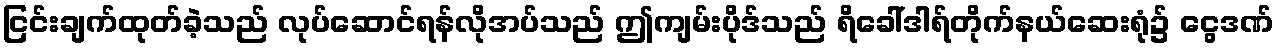
ငြင်းချက်ထုတ်ခဲ့သည် လုပ်ဆောင်ရန်လိုအပ်သည် ဤကျမ်းပိုဒ်သည် ရိခေါ်ဒါရ်တိုက်နယ်ဆေးရုံ၌ ငွေဒဏ်